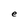
Character: e